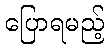
ပြောရမည့်